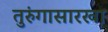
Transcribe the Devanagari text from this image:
तुरुंगासारखा